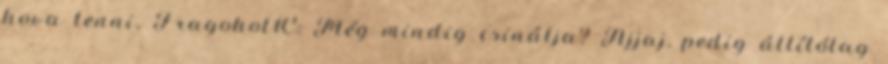
hova tenni. Fragohol1C: Még mindig csinálja? Ajjaj, pedig állítólag